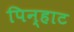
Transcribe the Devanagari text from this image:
पिन्हाट